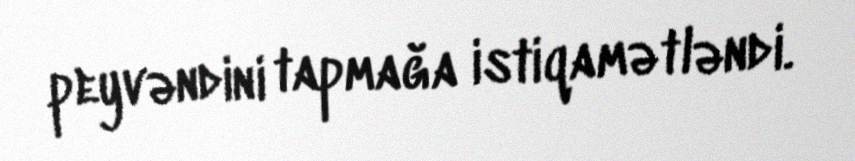
peyvəndini tapmağa istiqamətləndi.